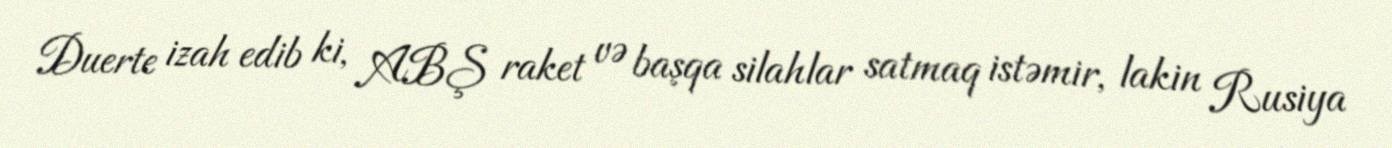
Duerte izah edib ki, ABŞ raket və başqa silahlar satmaq istəmir, lakin Rusiya